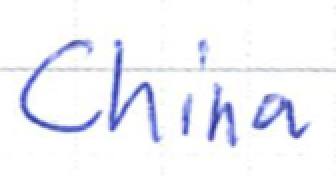
Text: China
Cross-out: clean
Writing tool: ballpoint